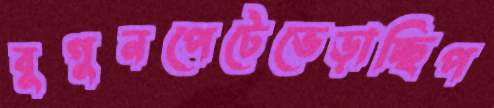
বুগুনপেটেভেড়াচ্ছিপ